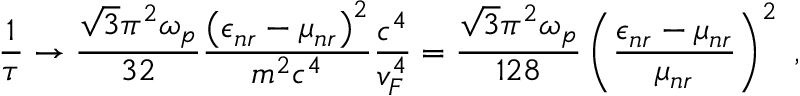
\frac { 1 } { \tau } \rightarrow \frac { \sqrt { 3 } \pi ^ { 2 } \omega _ { p } } { 3 2 } \frac { \left( \epsilon _ { n r } - \mu _ { n r } \right) ^ { 2 } } { m ^ { 2 } c ^ { 4 } } \frac { c ^ { 4 } } { v _ { F } ^ { 4 } } = \frac { \sqrt { 3 } \pi ^ { 2 } \omega _ { p } } { 1 2 8 } \left( \frac { \epsilon _ { n r } - \mu _ { n r } } { \mu _ { n r } } \right) ^ { 2 } \ ,